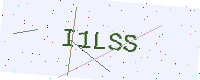
Text: I1LSS